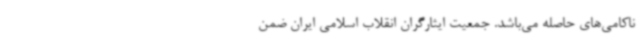
ناکامی‌های حاصله می‌باشد. جمعیت ایثارگران انقلاب اسلامی ایران ضمن